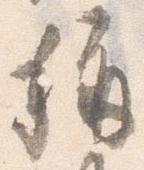
称